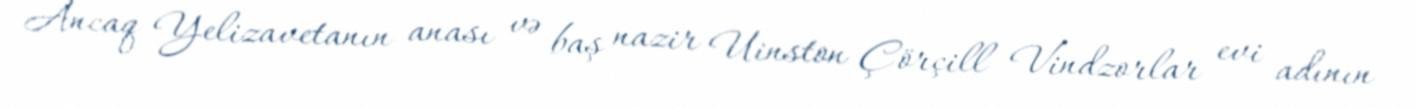
Ancaq Yelizavetanın anası və baş nazir Uinston Çörçill Vindzorlar evi adının